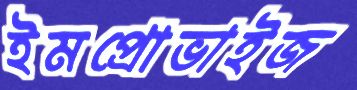
ইমপ্রোভাইজ